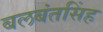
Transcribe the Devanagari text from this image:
बलबंतसिंह